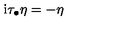
\mathrm { i } \tau _ { \bullet } \eta = - \eta